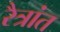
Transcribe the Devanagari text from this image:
रैत्रांत